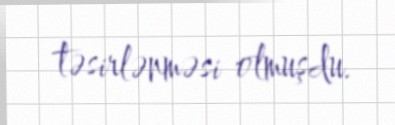
təsirlənməsi olmuşdu.